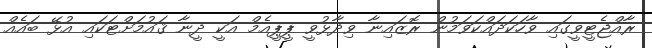
ރާއްޖެޓީވީގައި ވާހަކަދައްކަވަމުން ރޮޒައިނާ ވިދާޅުވީ ޕީޕީއެމް އަކީ ދީނާ ޤައުމަށްޓަކައި އުޅޭ ބައެއް